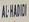
al-hadidi